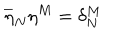
\overline { { { \eta } } } _ { N } \eta ^ { M } = \delta _ { N } ^ { M }